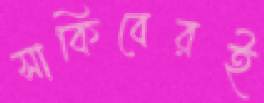
সাকিবেরই